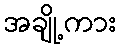
အချို့ကား